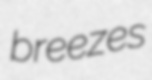
breezes